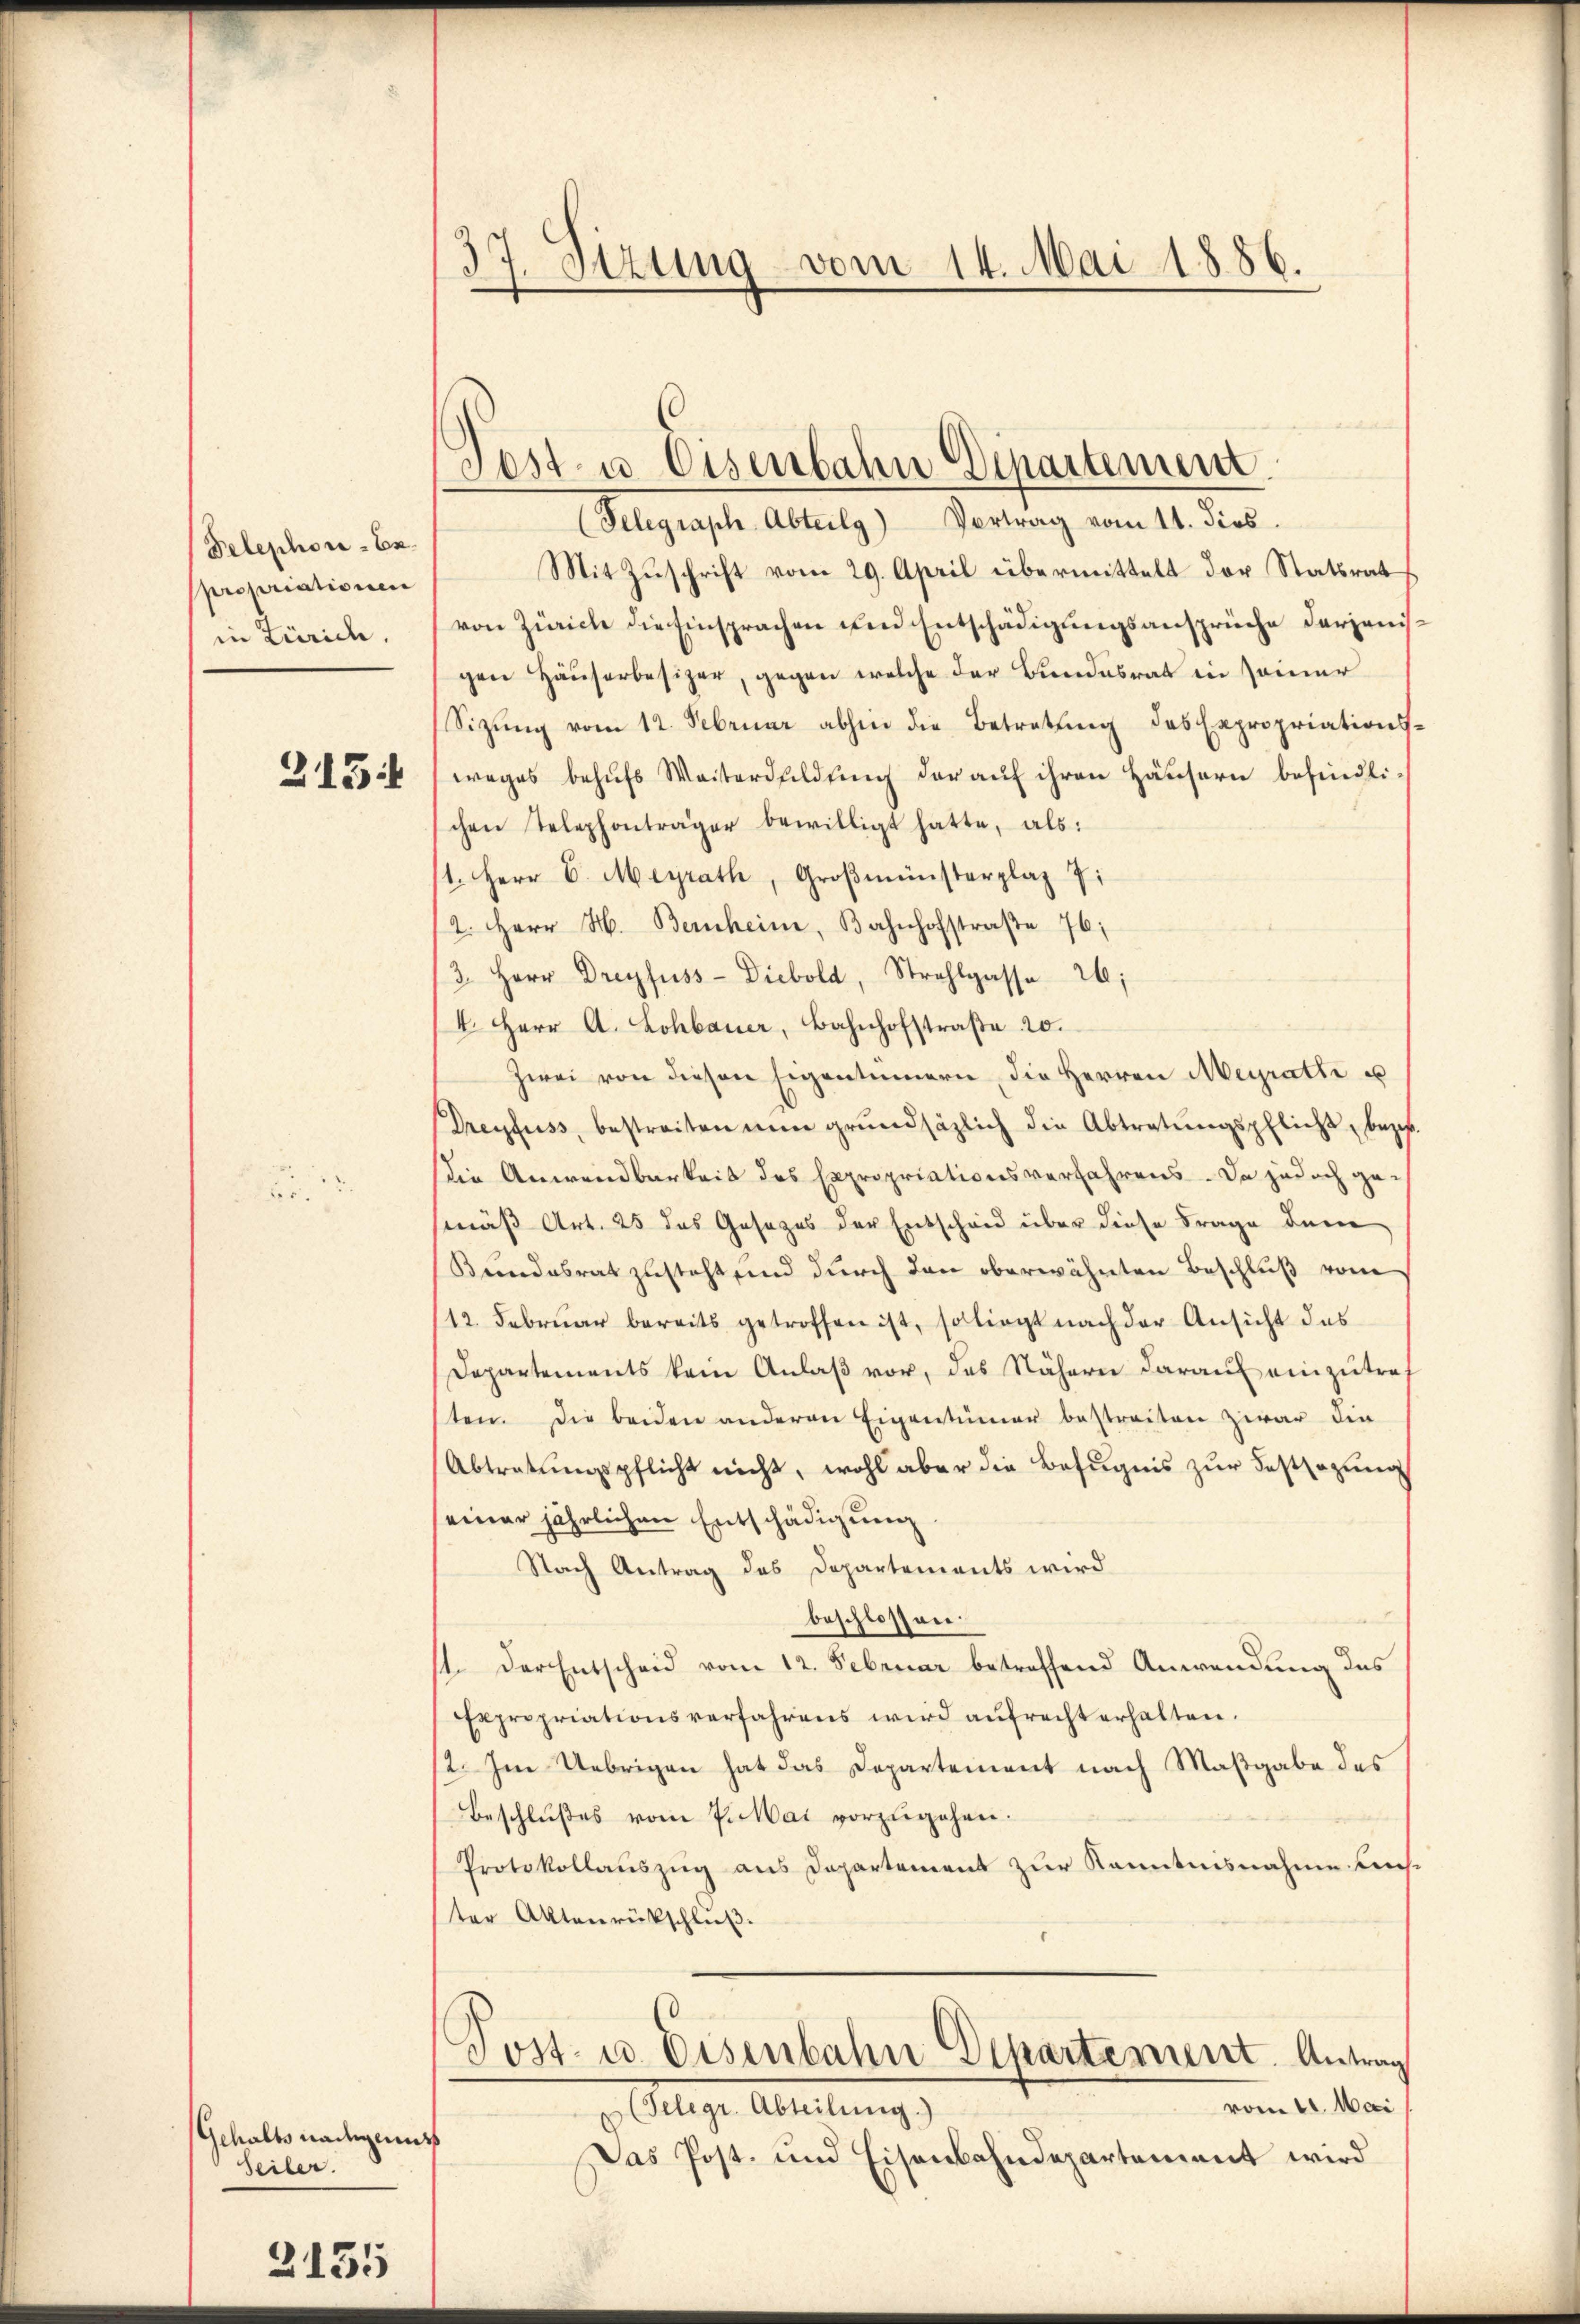
Telephoni - Ex.
propriationen
in Zürich.
315:

Gehalts nadigents
Seiler.

3155

37. Stzung vom 14. Mai 1886.

(Telegraph Abteilg) Vertrag vom 11. dies
Mit Zŭschrift vom 29. April übermittelt der Statsrat
von Zürich die Einsprachen und Entschädigungsansprüche derjenisgen Häuserbesizer, gegen welche der Bundesrat in seiner
Sitzŭng vom 12. Februar abhin die Betretŭng des Expropriationsweges behŭfs Weiterdldŭng der aŭf ihren Häusern befindli-
chen Telephonträger bewilligt hatte, als:
1. Herr E. Meyrath, Groβmünsterplaz 7
2. Herr H. Bernheim, Bahnhofstraβe 76;
3. Herr Dreyfuss- Diebold, Strahlgasse 26;
4. Herr A. Lohbauer, Bahnhofstraße 20.
Zwei von diesen Eigentümern die Herren Meyrathe u
Dreyfuss, bestreiten nun grŭndsätzlich die Abtretŭngspflicht, bezif.
Die Anwendbarkeit des Expropriationsverfahrens. Da jedoch gemäß Art. 25 das Gesezes der Entscheid über diese Frage dem
Bundesrat zusteht und durch den oberwähnten Beschlŭβ vom
12. Februar bereits getroffen ist, soliegt nach der Ansicht das
Departements kein Anlaß vor, das Nähern darauf einzutraf
ten. Die beiden anderen Eigentümer bestreiten zwar die
Abtratungspflicht nicht, wohl aber die Befugnis zur Festsezung
seiner jährlichen Entschädigung
Nach Antrag des Departements wird
beschlossen.
11. Der Entscheid vom 12. Februar betreffend Anwendung des
Expropriationsverfahrens wird aŭfrecht erhalten.
2. Im Uebrigen hat das Departement nach Maßgabe des
Beschlußes vom 7. Mai vorzŭgehen.
Protokollauszug aus Departement zur Kenntnisnahme beiter Aktenrückschluß.
Post- u. Eisenbahn Departement. Antrag
vom 11. Mai
(Telegr. Abteilung.)
Das Post- und Eisenbahndepartement wird

Post u. Eisenbahn Departement.